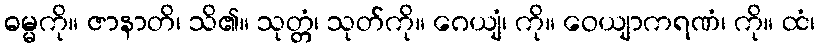
ဓမ္မကို။ ဇာနာတိ၊ သိ၏။ သုတ္တံ၊ သုတ်ကို။ ဂေယျံ၊ ကို။ ဝေယျာကရဏံ၊ ကို။ ထံ၊